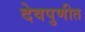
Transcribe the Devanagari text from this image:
देवपुणीत